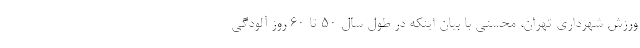
ورزش شهرداری تهران، محسنی با بیان اینکه در طول سال ۵۰ تا ۶۰ روز آلودگی